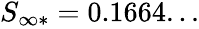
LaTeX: \begin{array}{r}{S_{\infty*}=0.1664...}\end{array}